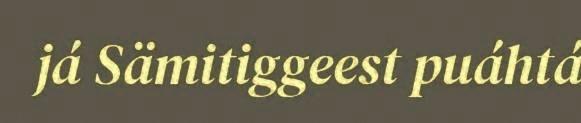
já Sämitiggeest puáhtá